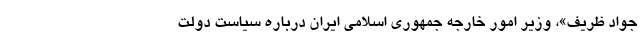
جواد ظریف»، وزیر امور خارجه جمهوری اسلامی ایران درباره سیاست دولت